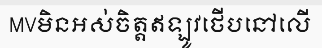
MVមិនអស់ចិត្តឥឡូវថើបនៅលើ